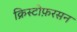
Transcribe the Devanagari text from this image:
क्रिस्टोफ़रसन